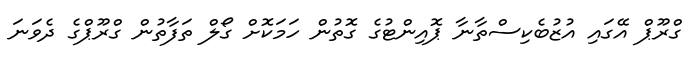
ގްރޫޕް އޭގައި އުޒުބެކިސްތާނާ ޕޮއިންޓުގެ ގޮތުން ހަމަކޮށް ގޯލް ތަފާތުން ގްރޫޕްގެ ދެވަނަ